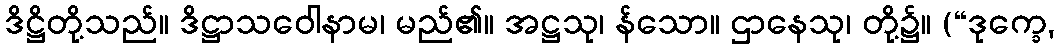
ဒိဋ္ဌိတို့သည်။ ဒိဋ္ဌာသဝေါနာမ၊ မည်၏။ အဋ္ဌသု၊ န်သော။ ဌာနေသု၊ တို့၌။ (“ဒုက္ခေ,